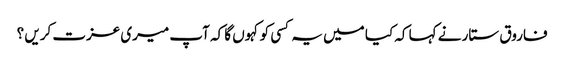
فاروق ستار نے کہا کہ کیا میں یہ کسی کو کہوں گا کہ آپ میری عزت کریں ؟